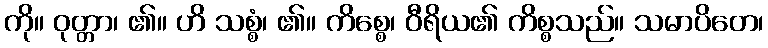
ကို။ ဝုတ္တာ၊ ၏။ ဟိ သစ္စံ၊ ၏။ ကိစ္စေ၊ ဝီရိယ၏ ကိစ္စသည်။ သမာပိတေ၊